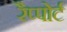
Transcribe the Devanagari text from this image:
रैप्पोर्ट